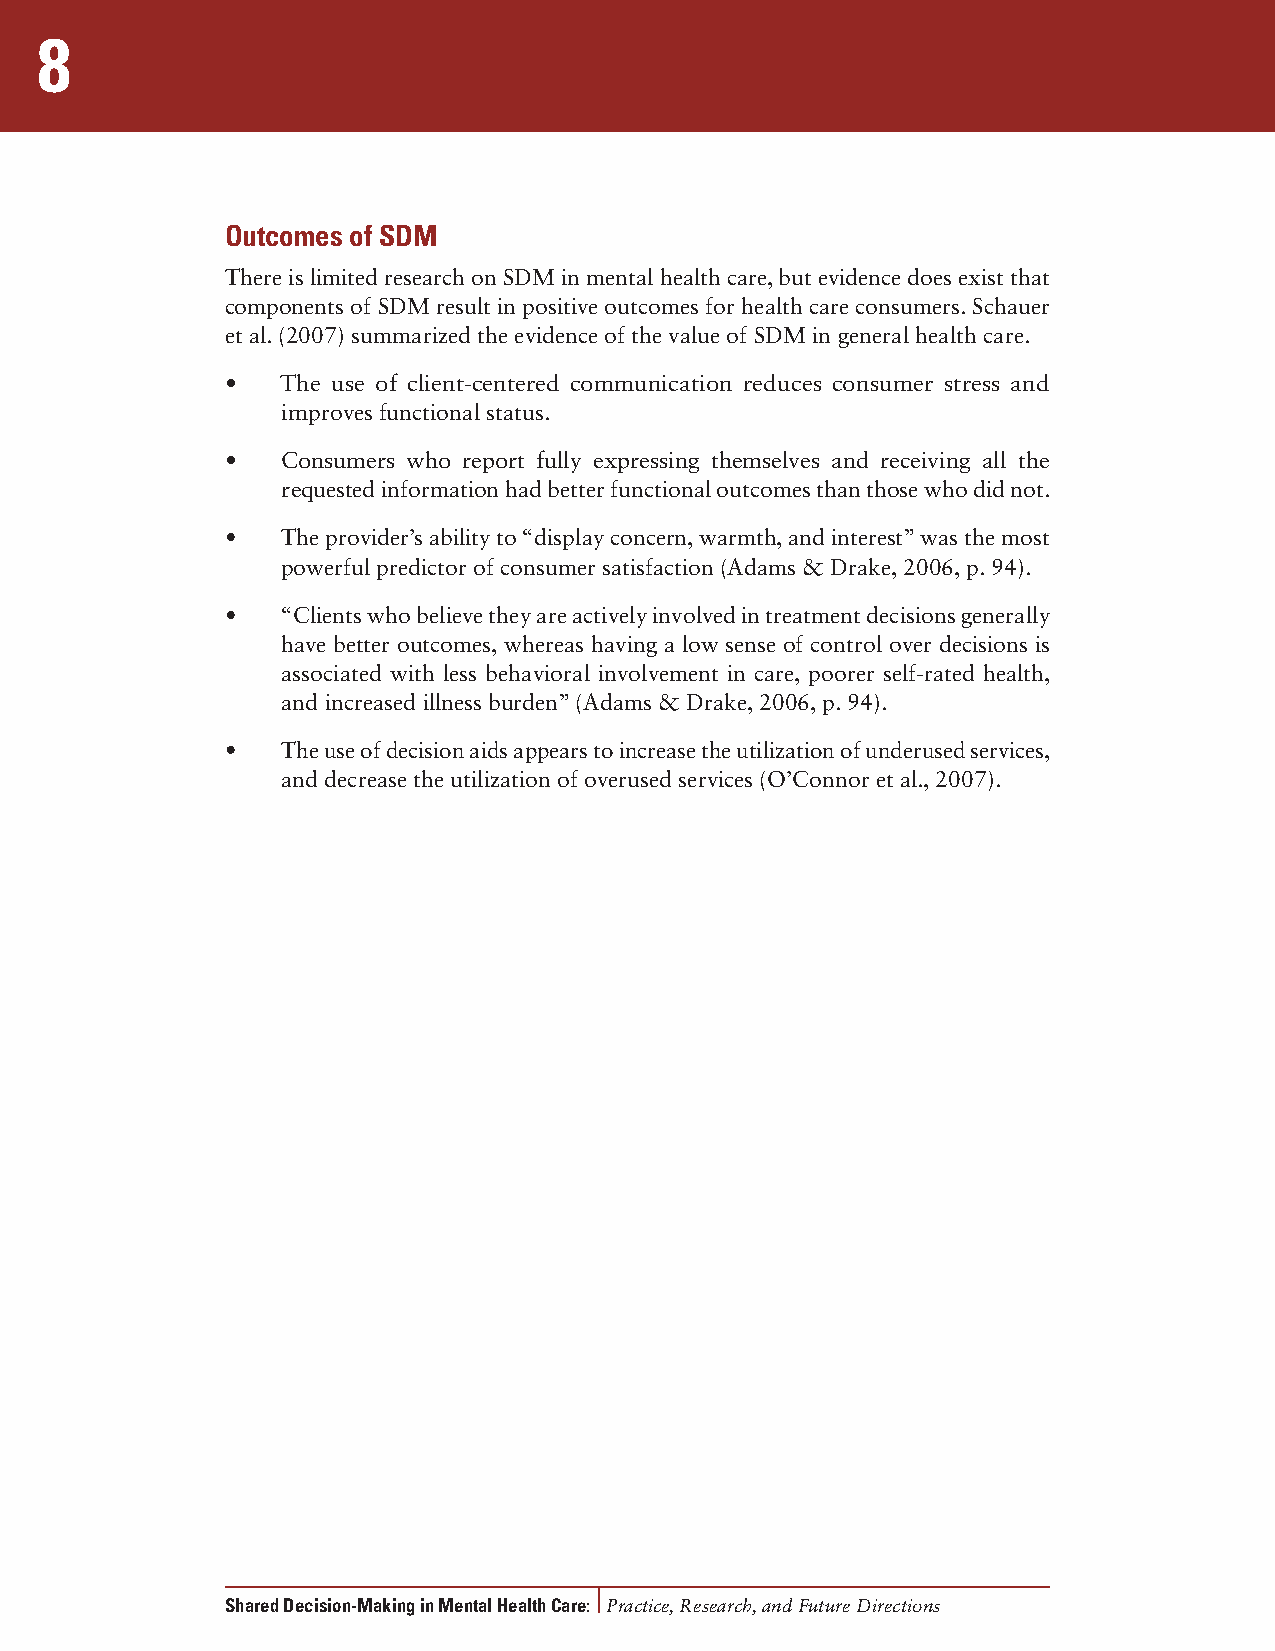
8
 Outcomes of SDM
 There is limited research on SDM in mental health care, but evidence does exist that
 components of SDM result in positive outcomes for health care consumers. Schauer
 et al. (2007) summarized the evidence of the value of SDM in general health care.
 •   The use of client-centered communication reduces consumer stress and
 improves functional status.
 •   Consumers who report fully expressing themselves and receiving all the
 requested information had better functional outcomes than those who did not.
 •   The provider’s ability to “display concern, warmth, and interest” was the most
 powerful predictor of consumer satisfaction (Adams & Drake, 2006, p. 94).
 •   “Clients who believe they are actively involved in treatment decisions generally
 have better outcomes, whereas having a low sense of control over decisions is
 associated with less behavioral involvement in care, poorer self-rated health,
 and increased illness burden” (Adams & Drake, 2006, p. 94).
 •   The use of decision aids appears to increase the utilization of underused services,
 and decrease the utilization of overused services (O’Connor et al., 2007).
 Shared Decision-Making in Mental Health Care: Practice, Research, and Future Directions